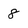
Character: 8